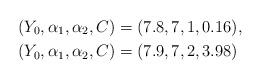
LaTeX: \begin{align*} (Y_0,\alpha_1,\alpha_2,C)&=(7.8,7,1,0.16),\ \\ (Y_0,\alpha_1,\alpha_2,C)&=(7.9, 7, 2, 3.98) \end{align*}